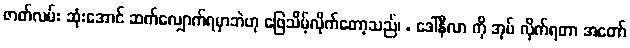
ဇာတ်လမ်း ဆုံးအောင် ဆက်လျှောက်ရမှာဘဲဟု ဖြေသိမ့်လိုက်တော့သည်၊ . ဒေါ်နီလာ ကို အုပ် လိုက်ရတာ အတော်